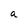
Character: a